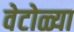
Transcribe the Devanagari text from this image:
वेटोळ्या